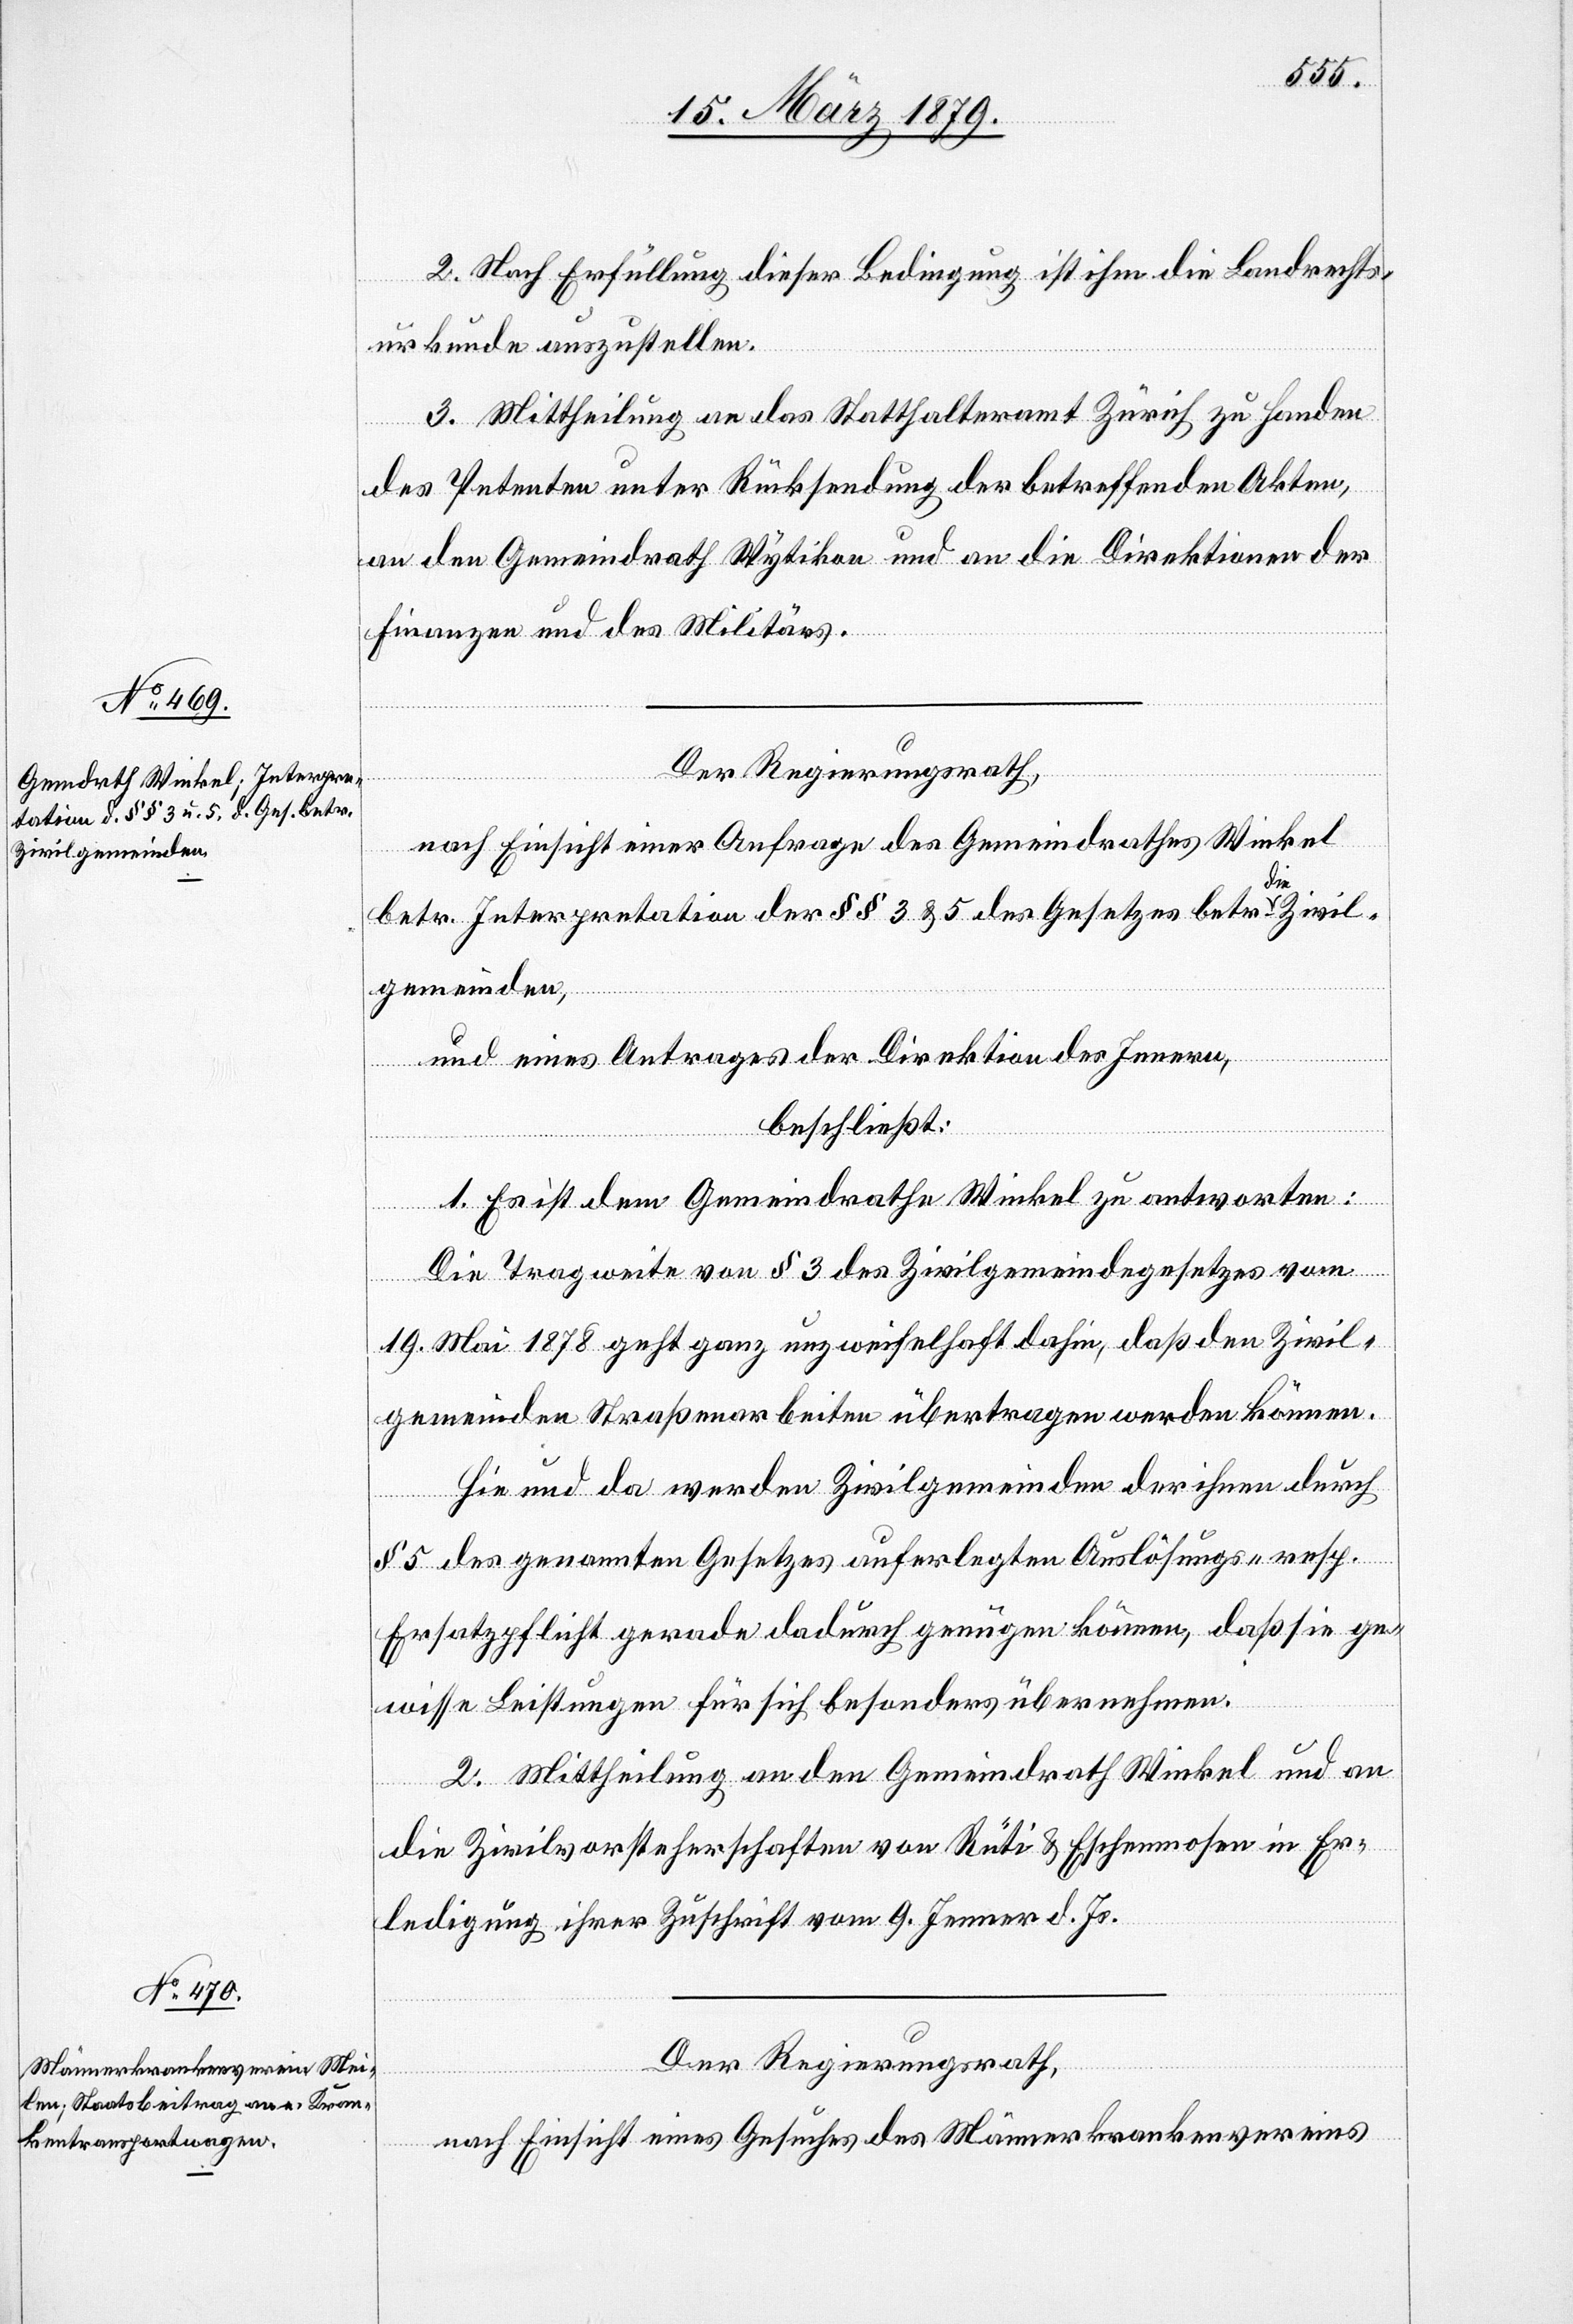
Zivilgemeinden,

2. Nach Erfüllung dieser Bedingung ist ihm die Landrechts¬
nerk¬
urkunde auszustellen.
3. Mittheilung an das Statthalteramt Zürich zu Handen
des Petenten unter Rücksendung der betreffenden Akten,
an den Gemeindrath Wytikon und an die Direktionen der
Finanzen und des Militärs.
Der Regierungsrath,
vereins
nach Einsicht eines Antrages des Gemeindrathes Winkel
des
betr. Interpretation der §§ 3 & 5 des Gesetzes betr. die
und eines Antrages der Direktion des Innern,
beschließt:
1. Es ist dem Gemeindrathe Winkel zu antworten:
Die Tragweite von § 3 des Zivilgemeindegesetzes vom
19. Mai 1878 geht ganz unzweifelhaft dahin, daß den Zivil¬
gemeinden Straßenarbeiten übertragen werden können.
Hie und da werden Zivilgemeinden der ihnen durch
§ 5 des genannten Gesetzes auferlegten Auslösungs- resp.
Ersatzpflicht gerade dadurch genügen können, daß sie ge¬
wisse Leistungen für sich besonders übernehmen.
2. Mittheilung an den Gemeindrath Winkel und an
die Zivilvorsteherschaften von Rüti & Eschenmosen in Er¬
ledigung ihrer Zuschrift vom 9. Jenner d. Js.
Der Regierungsrath,